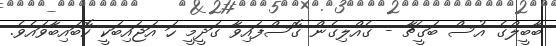
ބާބީލްގެ އުސް ބަގީޗާ - ގެއްލިގެން ގޮސްފައިވާ ގަދީމީ ހަ އަޖައިބަކީ ކޮބައިބާވައެވެ.